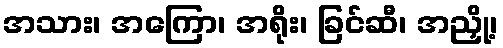
အသား၊ အကြော၊ အရိုး၊ ခြင်ဆီ၊ အညှို့၊